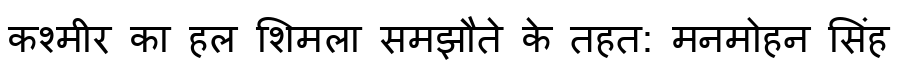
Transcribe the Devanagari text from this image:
कश्मीर का हल शिमला समझौते के तहत: मनमोहन सिंह